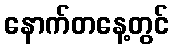
နောက်တနေ့တွင်